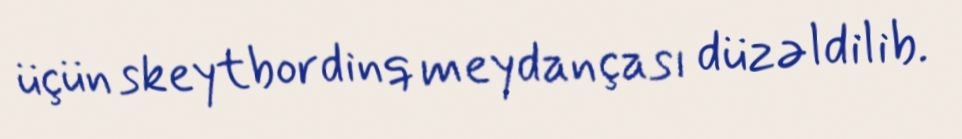
üçün skeytbordinq meydançası düzəldilib.